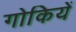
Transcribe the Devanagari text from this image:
गोकियें